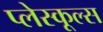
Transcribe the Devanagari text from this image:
प्लेस्कूल्स